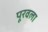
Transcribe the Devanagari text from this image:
पूरवला